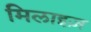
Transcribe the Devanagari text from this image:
मिलाइज़